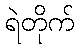
ရဲတိုက်